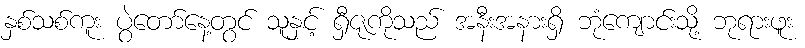
နှစ်သစ်ကူး ပွဲတော်နေ့တွင် သူနှင့် ရှီဇုကိုသည် အနီးအနားရှိ ဘုံကျောင်းသို့ ဘုရားဖူး